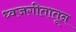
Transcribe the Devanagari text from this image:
ध्वजगीतातून